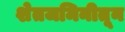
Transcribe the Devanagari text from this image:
शेतजमिनीतून